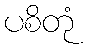
ပစိတုံ